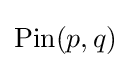
\mathrm {Pin} (p,q)